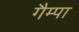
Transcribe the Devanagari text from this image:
गैम्पा